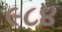
૯૮૪